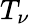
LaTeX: T_{\nu}